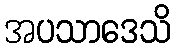
အပသာဒေသိ